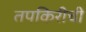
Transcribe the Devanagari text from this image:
तपकिरीची